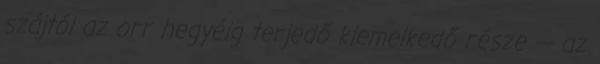
szájtól az orr hegyéig terjedő kiemelkedő része --- az